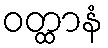
ဝတ္ထာနံ